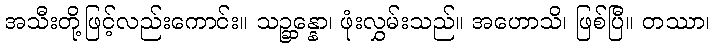
အသီးတို့ဖြင့်လည်းကောင်း။ သဉ္ဆန္နော၊ ဖုံးလွှမ်းသည်။ အဟောသိ၊ ဖြစ်ပြီ။ တဿာ၊